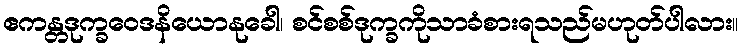
ဧကန္တဒုက္ခဝေဒနိယောနုခေါ၊ စင်စစ်ဒုက္ခကိုသာခံစားရသည်မဟုတ်ပါလား။